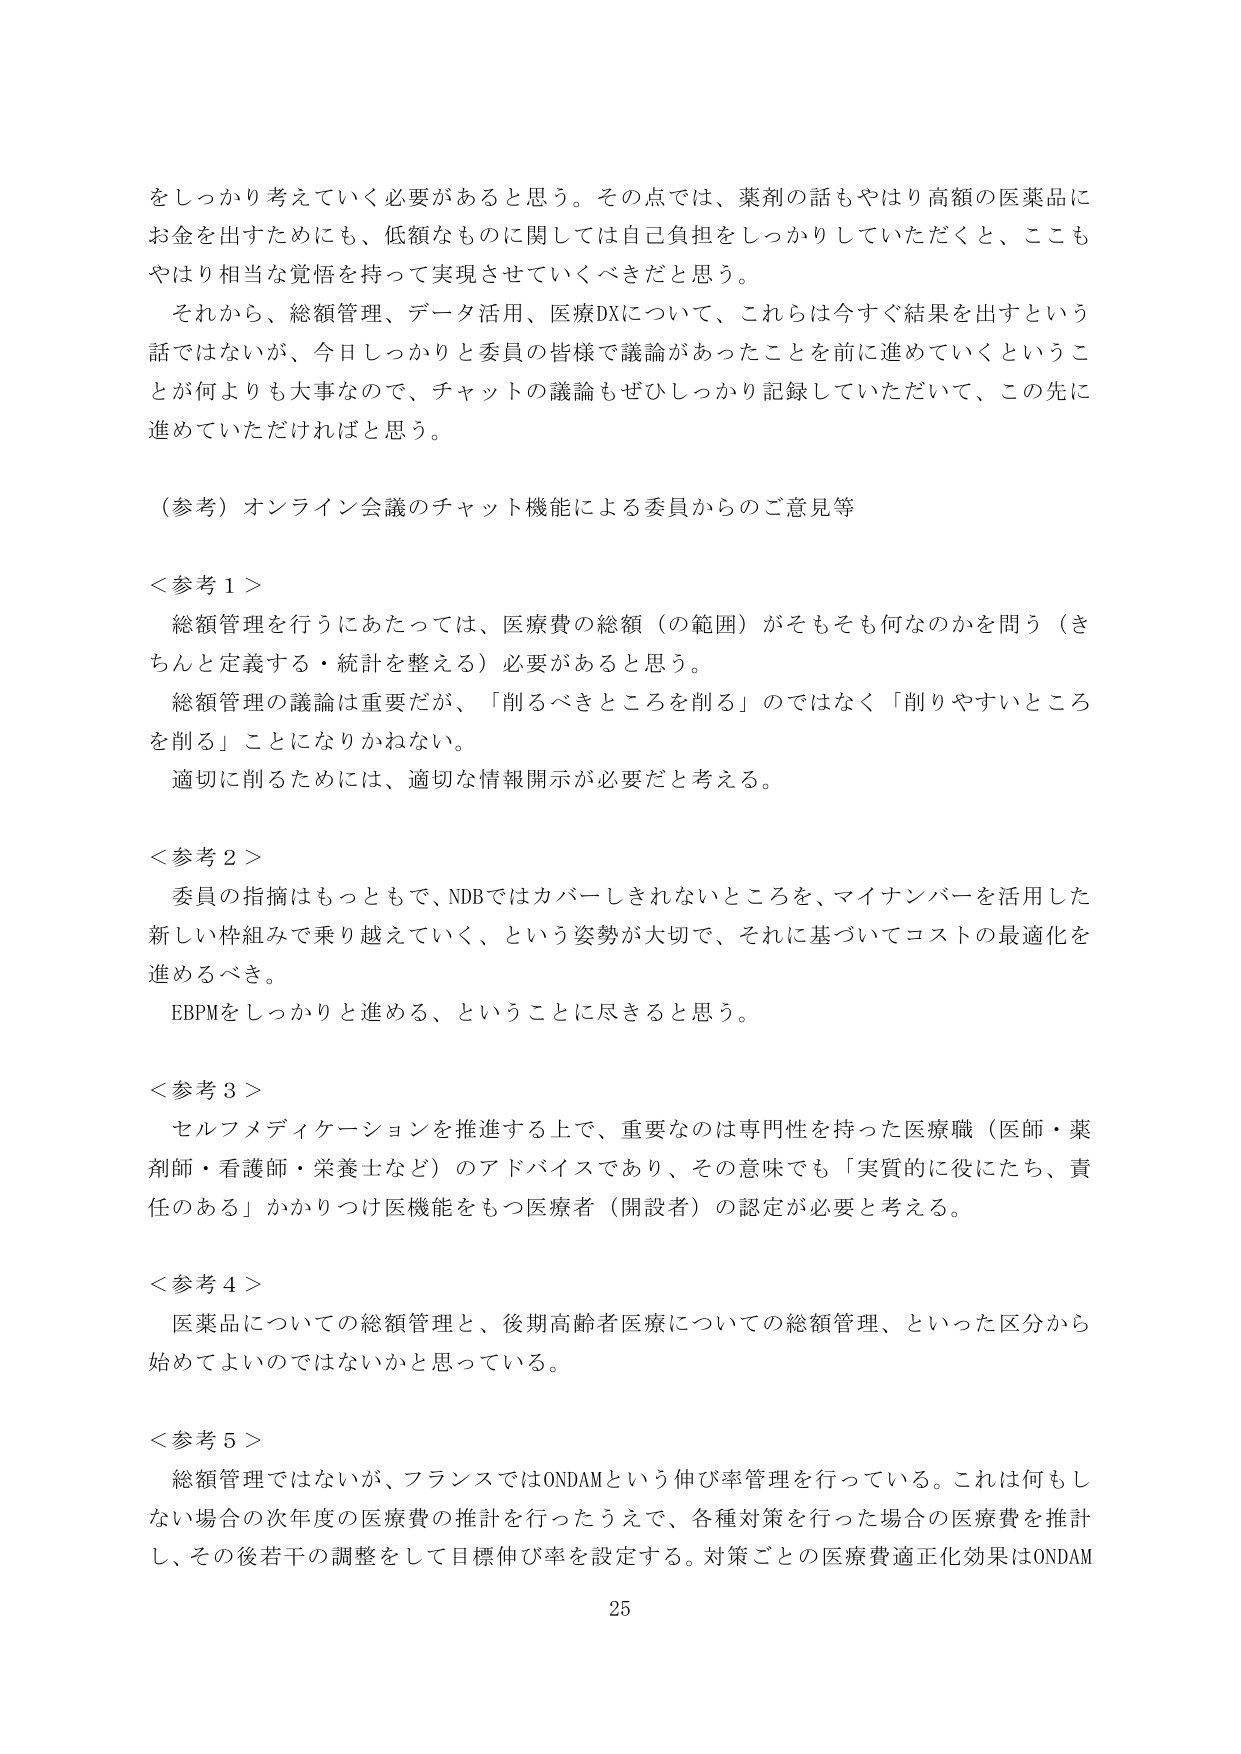
をしっかり考えていく必要があると思う。その点では、薬剤の話もやはり高額の医薬品にお金を出すためにも、低額なものに関しては自己負担をしっかりしていただくと、こもやはり相当な覚悟を持って実現させていくべきだと思う。

それから、総額管理、データ活用、医療DXについて、これらは今すぐ結果を出すという話ではないが、今日しっかりと委員の皆様で議論があったことを前に進めていくということが何よりも大事なので、チャットの議論もぜひしっかり記録していただいて、この先に進めていただければと思う。

（参考）オンライン会議のチャット機能による委員からのご意見等

＜参考１＞
　総額管理を行うにあたっては、医療費の総額（の範囲）がそもそも何なのかを問う（きちんと定義する・統計を整える）必要があると思う。
　総額管理の議論は重要だが、「削るべきところを削る」のではなく「削りやすいところを削る」ことになりかねない。
　適切に削るためには、適切な情報開示が必要だと考える。

＜参考２＞
　委員の指摘はもっともで、NDBではカバーしきれないところを、マイナンバーを活用した新しい枠組みで乗り越えていく、という姿勢が大切で、それに基づいてコストの最適化を進めるべき。
　EBPMをしっかり進める、ということに尽きると思う。

＜参考３＞
　セルフメディケーションを推進する上で、重要なのは専門性を持った医療職（医師・薬剤師・看護師・栄養士など）のアドバイスであり、その意味でも「実質的に役にたち、責任のある」かかりつけ医機能をもつ医療者（開設者）の認定が必要と考える。

＜参考４＞
　医薬品についての総額管理と、後期高齢者医療についての総額管理、といった区分から始めてよいのではないかと思っている。

＜参考５＞
　総額管理ではないが、フランスではONDAMという伸び率管理を行っている。これは何もしない場合の次年度の医療費の推計を行ったうえで、各種対策を行った場合の医療費を推計し、その後若干の調整をして目標伸び率を設定する。対策ごとの医療費適正化効果はONDAM

25